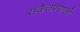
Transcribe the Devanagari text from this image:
संकेतप्रणाली